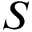
S